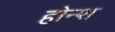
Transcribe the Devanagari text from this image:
होन्श